Lock hospitals Punjab
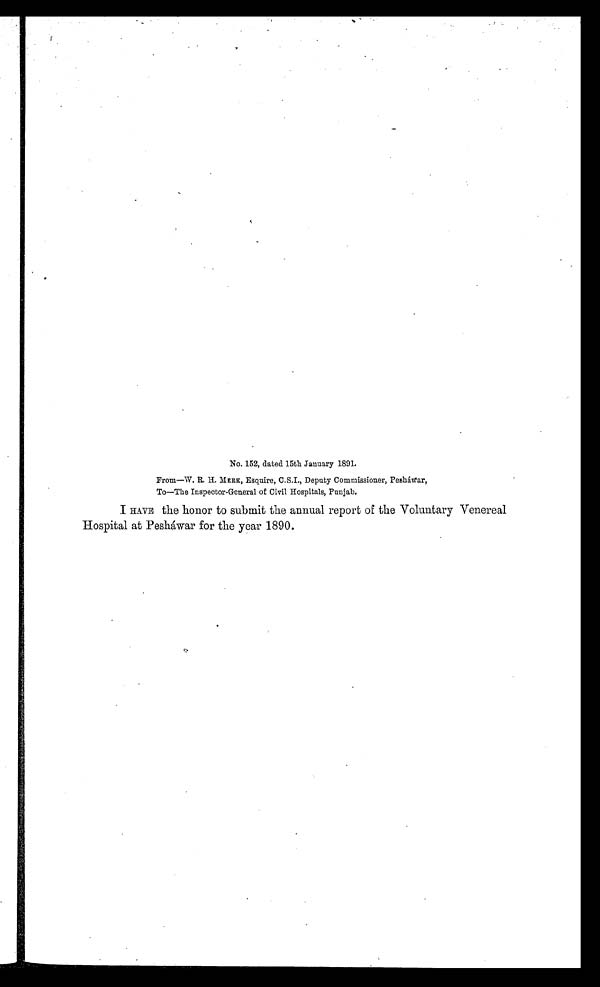
No. 152, dated 15th January 1891.
From—W. R. H. MERK , Esquire, C.S.I., Deputy Commissioner, Pesháwar,
To—The Inspector-General of Civil Hospitals, Punjab.
I HAVE the honor to submit the annual report of the Voluntary Venereal
Hospital at Pesháwar for the year 1890.